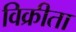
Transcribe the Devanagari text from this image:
विक्रीता